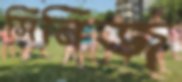
সিনিজ